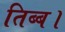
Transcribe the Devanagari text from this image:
तिब्ब।